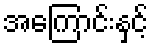
အကြောင်းနှင့်